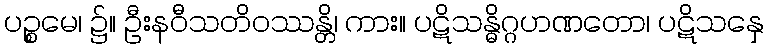
ပဉ္စမေ၊ ၌။ ဦးနဝီသတိဝဿန္တိ၊ ကား။ ပဋိသန္ဓိဂ္ဂဟဏတော၊ ပဋိသနှေ